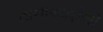
તાનાશાહીથી